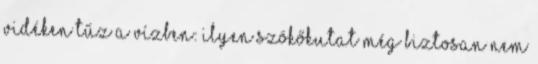
vidéken Tűz a vízben: ilyen szökőkutat még biztosan nem